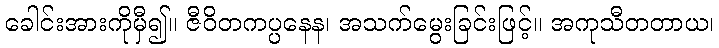
ခေါင်းအားကိုမှီ၍။ ဇီဝိတကပ္ပနေန၊ အသက်မွေးခြင်းဖြင့်။ အကုသီတတာယ၊